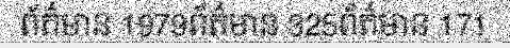
ព័ត៌មាន 1979ព័ត៌មាន 325ព័ត៌មាន 171